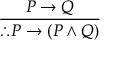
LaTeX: \frac { P \to Q } { \therefore P \to ( P \land Q ) }